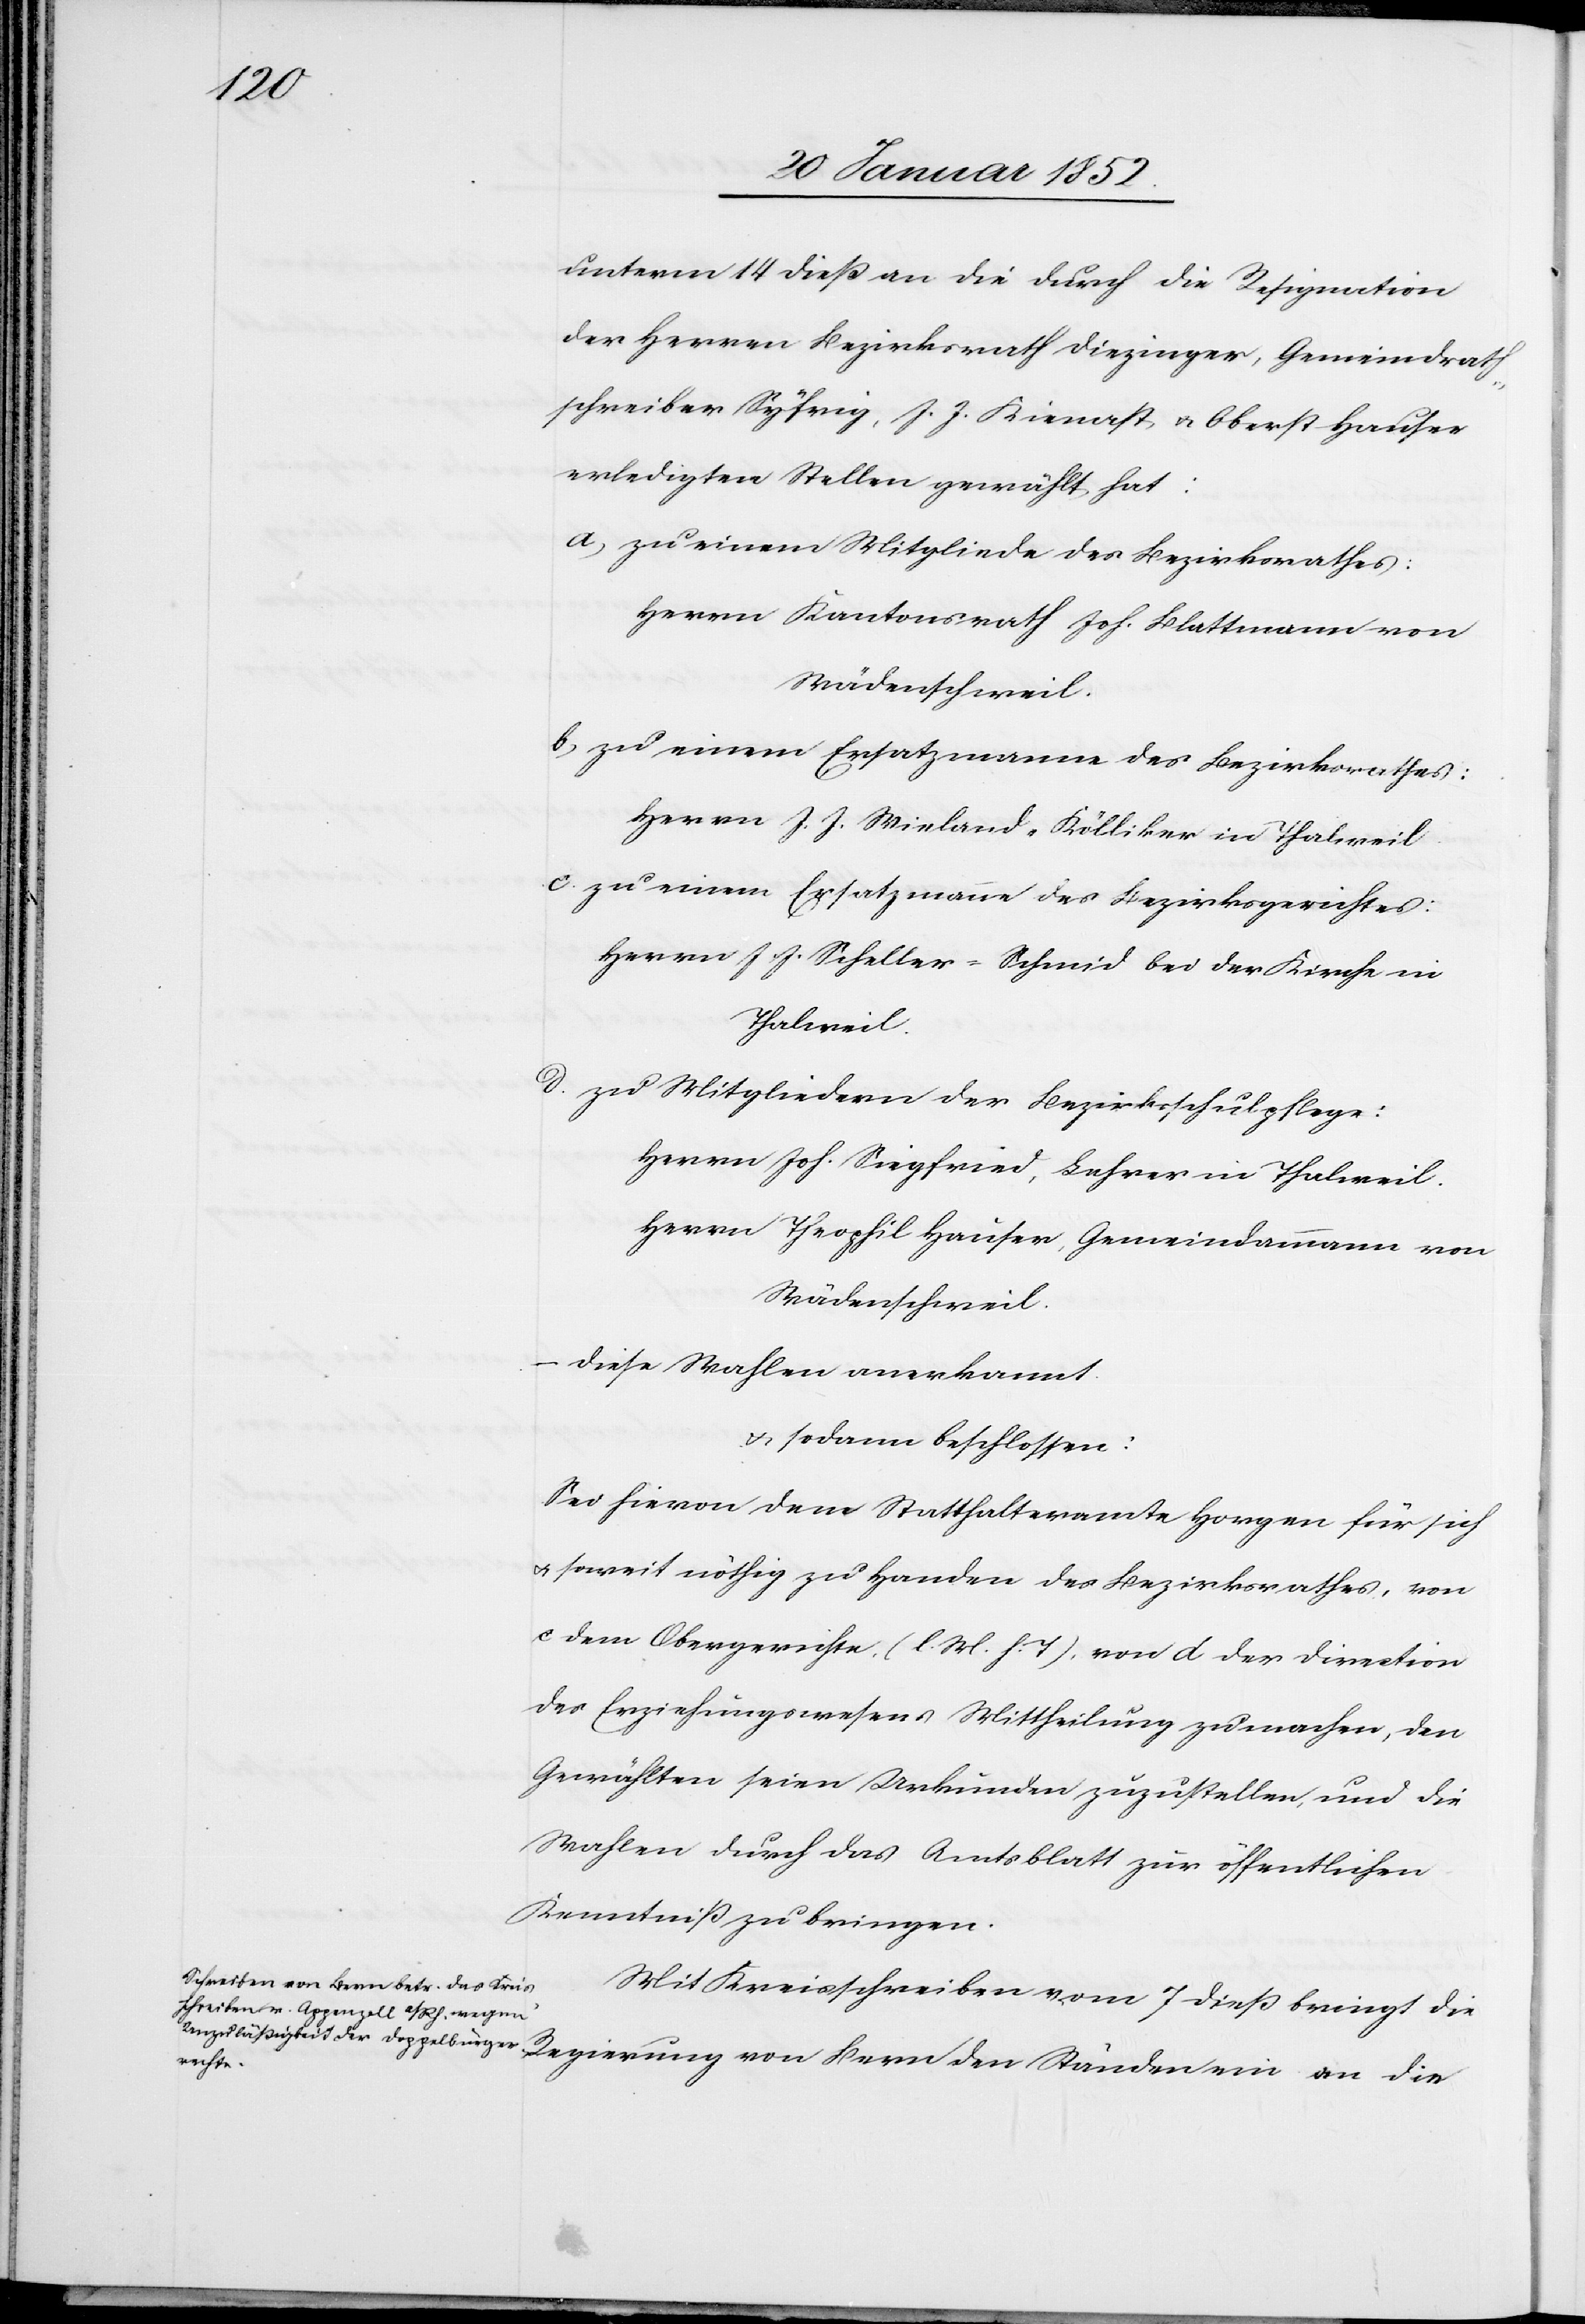
unterm 14 dieß an die durch die Resignation
der Herren Bezirksrath Diezinger, Gemeindrath¬
schreiber Syfrig, J. J. Kienast, u. Oberst Hauser
erledigten Stellen gewählt hat:
a) zu einem Mitgliede des Bezirksrathes:
Herrn Kantonsrath Joh. Blattmann von
Wädentschweil.
b) zu einem Ersatzmanne des Bezirksrathes:
Herrn J. J. Wieland-Kölliker in Thalweil.
c. zu einem Ersatzmanne des Bezirksgerichtes:
Herrn J. J. Scheller-Schmid bei der Kirchen in
Thalweil.
d. zu Mitgliedern der Bezirksschulpflege:
Herrn Joh. Siegfried, Lehrer in Thalweil.
Herrn Theophil Hauser, Gemeindammann von
Wädentschweil.
diese Wahlen anerkannt
u. sodann beschossen:
Sei hievon dem Statthalteramte Horgen für sich
u. soweit nöthig zu Handen des Bezirksrathes, von
c dem Obergerichte, (l. M. h. T), von d der Direction
des Erziehungswesens Mittheilung zu machen, den
Gewählten seien Urkunden zuzustellen, und die
Wahlen durch das Amtsblatt zur öffentlichen
Kenntniß zu bringen.
Mit Kreisschreiben vom 7 dieß bringt die